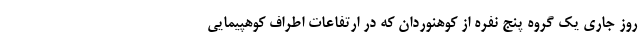
روز جاری یک گروه پنج نفره از کوهنوردان که در ارتفاعات اطراف کوهپیمایی